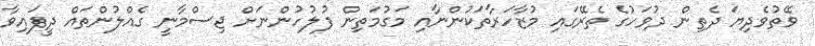
ވޭތުވެދިޔަ ދެތިން ދުވަހުގެ ތެރޭގައި މުޒާހަރާތަކުންނާއި މަގުމަތިން ފުލުހުންނަށް ޖިސްމާނީ ގެއްލުންތައް ދީފައިވާ